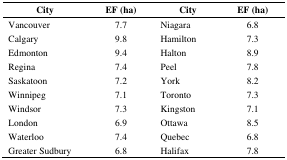
| City | EF (ha) | City | EF (ha) |
 | --- | --- | --- | --- |
 | Vancouver | 7.7 | Niagara | 6.8 |
 | Calgary | 9.8 | Hamilton | 7.3 |
 | Edmonton | 9.4 | Halton | 8.9 |
 | Regina | 7.4 | Peel | 7.8 |
 | Saskatoon | 7.2 | York | 8.2 |
 | Winnipeg | 7.1 | Toronto | 7.3 |
 | Windsor | 7.3 | Kingston | 7.1 |
 | London | 6.9 | Ottawa | 8.5 |
 | Waterloo | 7.4 | Quebec | 6.8 |
 | Greater Sudbury | 6.8 | Halifax | 7.8 |